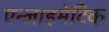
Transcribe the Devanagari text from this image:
एन्जाइमेटिक